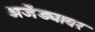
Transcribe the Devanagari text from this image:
अजेंड्यावर